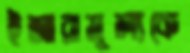
ইজারামূল্যকে